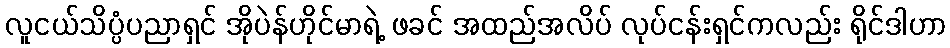
လူငယ်သိပ္ပံပညာရှင် အိုပဲန်ဟိုင်မာရဲ့ ဖခင် အထည်အလိပ် လုပ်ငန်းရှင်ကလည်း ရိုင်ဒါဟာ